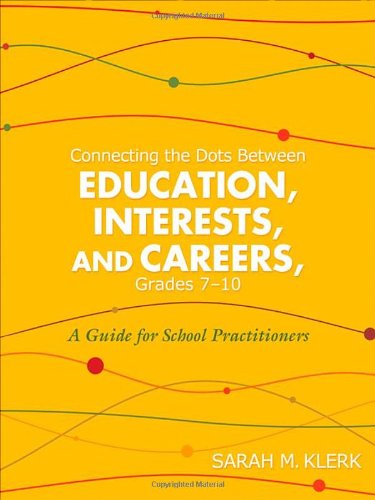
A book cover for Connecting the Dots Between Education, Interests, and Careers, Grades 7-10: A Guide for School Practitioners; Sarah M. Klerk; Education & Teaching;